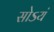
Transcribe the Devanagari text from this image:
सोऽयं